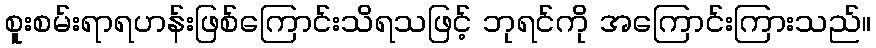
စူးစမ်းရာရဟန်းဖြစ်ကြောင်းသိရသဖြင့် ဘုရင်ကို အကြောင်းကြားသည်။